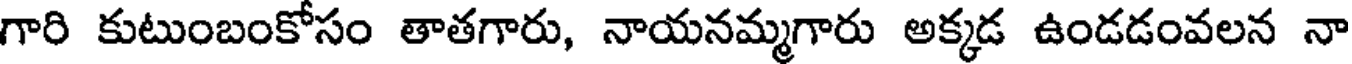
గారి కుటుంబంకోసం తాతగారు, నాయనమ్మగారు అక్కడ ఉండడంవలన నా